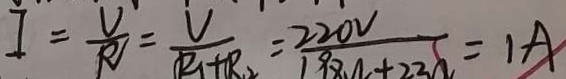
I = \frac { U } { R } = \frac { V } { \vert R _ { 1 } + R _ { 2 } } = \frac { 2 2 0 V } { 1 9 Z \Omega + 2 3 \Omega } = 1 A